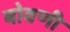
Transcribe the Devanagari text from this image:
बोवणी